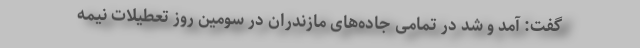
گفت: آمد و شد در تمامی جاده‌های مازندران در سومین روز تعطیلات نیمه